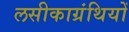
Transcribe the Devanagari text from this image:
लसीकाग्रंथियों